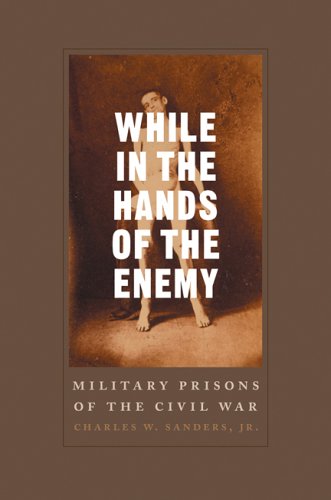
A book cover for While in the Hands of the Enemy: Military Prisons of the Civil War (Conflicting Worlds: New Dimensions of the American Civil War); Charles W. Sanders Jr.; History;